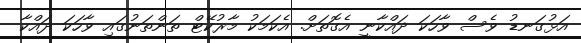
އަޅުގަނޑު ވެސް ވާހަކަ ދައްކާނީ އެގޮތަށް. އެކަމަކު މާރުކޭޓް ތަންތަނުގައި ވާހަކަ ދައްކާ